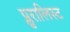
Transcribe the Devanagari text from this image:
प्लुरालिस्ट